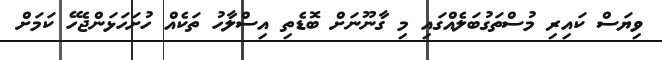
ވިޔަސް ކައިރި މުސްތަގުބަލެއްގައި މި ގާނޫނަށް ބޮޑެތި އިސްލާހު ތަކެއް ހުށަހަޅަންޖެހޭ ކަމަށް